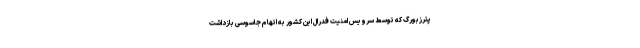
پترزبورگ که توسط سرویس امنیت فدرال این کشور به اتهام جاسوسی بازداشت